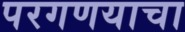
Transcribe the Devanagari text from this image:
परगणयाचा